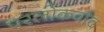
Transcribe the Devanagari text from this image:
परलोकवाद